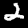
Digit: 2